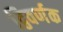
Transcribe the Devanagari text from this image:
द्विवर्णक